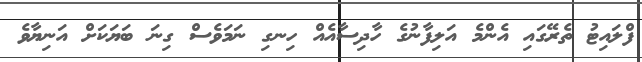
ފްލައިޓު ތެރޭގައި އެންމެ އަލިފާނުގެ ހާދިސާއެއް ހިނގި ނަމަވެސް ގިނަ ބަޔަކަށް އަނިޔާވެ